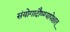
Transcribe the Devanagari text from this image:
संयोगादौष्ण्यापेक्षात्